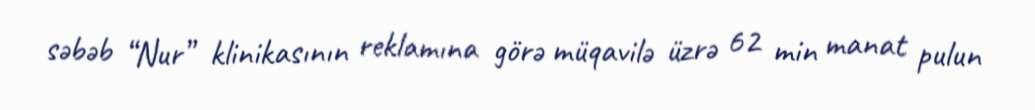
səbəb “Nur” klinikasının reklamına görə müqavilə üzrə 62 min manat pulun